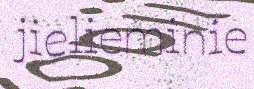
jielieminie